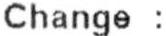
CHANGE :